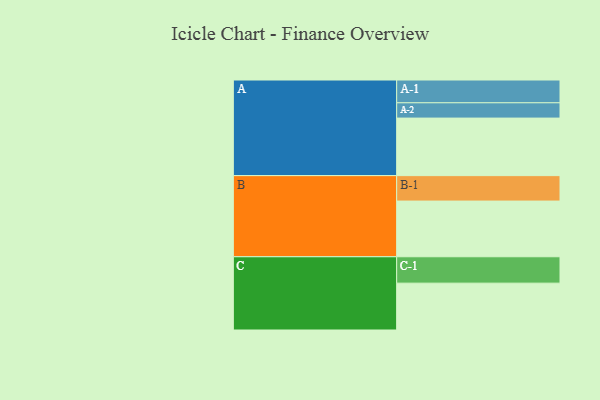
{"axis": {"x": "Segment", "y": "Value"}, "legend": ["", "A", "B", "C"], "data": [{"x": "A", "y": 591, "type": ""}, {"x": "B", "y": 572, "type": ""}, {"x": "C", "y": 481, "type": ""}, {"x": "A-1", "y": 234, "type": "A"}, {"x": "A-2", "y": 157, "type": "A"}, {"x": "B-1", "y": 261, "type": "B"}, {"x": "C-1", "y": 271, "type": "C"}]}